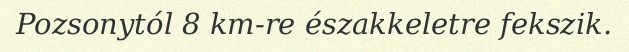
Pozsonytól 8 km-re északkeletre fekszik.